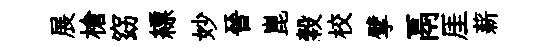
展槍窈縹妙晉崑穀校擘鬲厓薪